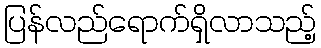
ပြန်လည်ရောက်ရှိလာသည့်